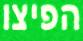
הפיצו